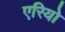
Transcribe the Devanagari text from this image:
एरियो